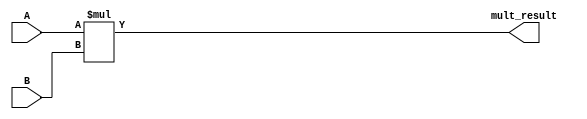
module mult_harris #(parameter N = 16)
		(
		 input [N-1:0] A,
		 input [N-1:0]	B,
		output [2*N-1:0] mult_result);
		
assign mult_result = $signed(A) * $signed(B);

endmodule